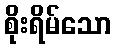
စိုးရိမ်သော